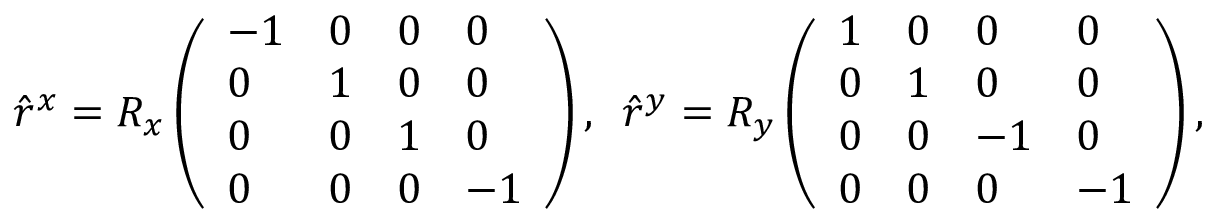
\hat { r } ^ { x } = R _ { x } \left( \begin{array} { l l l l } { - 1 } & { 0 } & { 0 } & { 0 } \\ { 0 } & { 1 } & { 0 } & { 0 } \\ { 0 } & { 0 } & { 1 } & { 0 } \\ { 0 } & { 0 } & { 0 } & { - 1 } \end{array} \right) , \, \, \, \hat { r } ^ { y } = R _ { y } \left( \begin{array} { l l l l } { 1 } & { 0 } & { 0 } & { 0 } \\ { 0 } & { 1 } & { 0 } & { 0 } \\ { 0 } & { 0 } & { - 1 } & { 0 } \\ { 0 } & { 0 } & { 0 } & { - 1 } \end{array} \right) \mathrm { , }